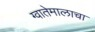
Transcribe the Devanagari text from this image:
ग्वातेमालाचा